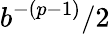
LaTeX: b^{-(p-1)}/2